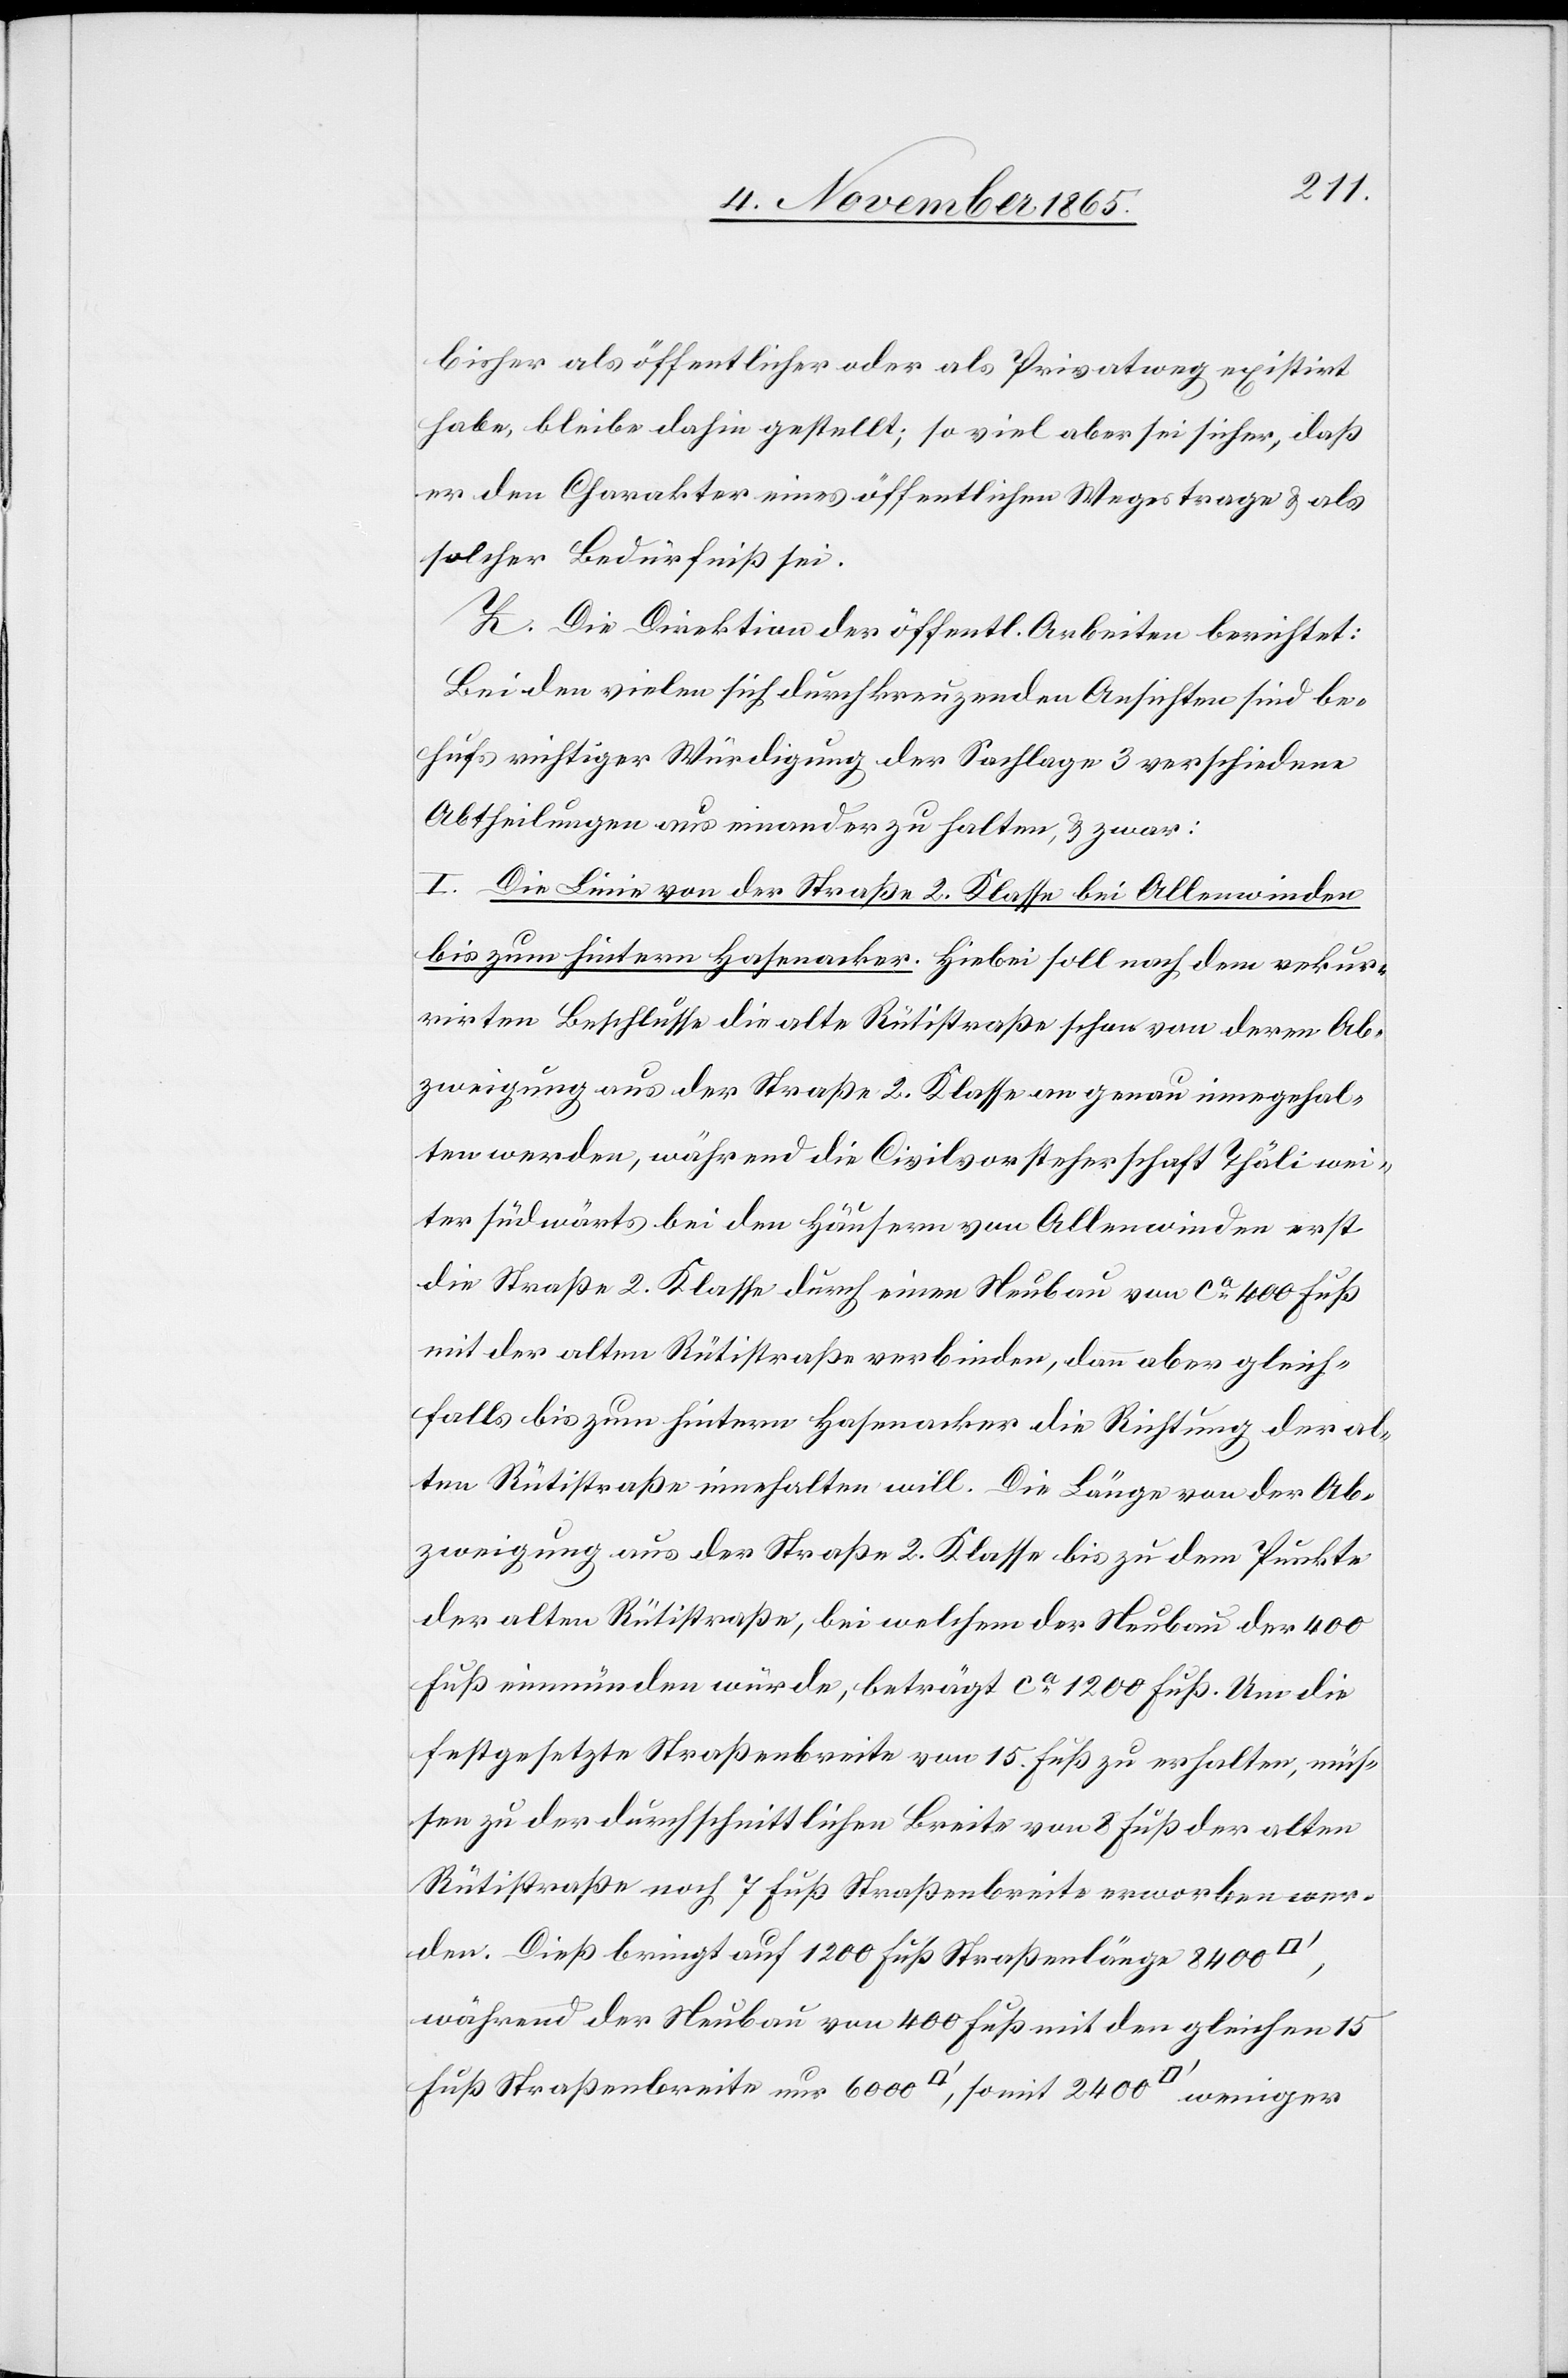
atfuss]
bisher als öffentlicher oder als Privatweg existirt
habe, bleibe dahin gestellt; so viel aber sei sicher, daß
er den Charakter eines öffentlichen Weges trage & als
solcher Bedürfniß sei.
Z. Die Direktion der öffentl. Arbeiten berichtet:
Bei den vielen sich durchkreuzenden Ansichten sind be¬
hufs richtiger Würdigung der Sachlage 3 verschiedene
Abtheilungen auseinander zu halten, & zwar:
I. Die Linie von der Straße 2. Klasse bei Allenwinden
bis zum hintern Hasenacker. Hiebei soll nach dem rekur¬
rirten Beschlusse die alte Rütistraße schon von deren Ab¬
zweigung aus der Straße 2. Klasse genau eingehal¬
ten werden, während die Civilvorsteherschaft Thäli wei¬
ter südwärts bei den Häusern von Allenwinden erst
die Straße 2. Klasse durch einen Neubau von ca 400 Fuß
mit der alten Rütistraße verbinden, dann aber gleich¬
falls bis zum hintern Hasenacker die Richtung der al¬
ten Rütistraße einhalten will. Die Länge von der Ab¬
zweigung aus der Straße 2. Klasse bis zu dem Punkte
der alten Rütistraße, bei welchem der Neubau der 400
Fuß einmünden würde, beträgt ca 1200 Fuß. Um die
festgesetzte Straßenbreite von 15. Fuß zu erhalten, müs¬
sen zu der durchschnittlichen Breite von 8 Fuß der alten
Rütistraße noch 7 Fuß Straßenbreite erworben wer¬
den. Dieß bringt auf 1200 Fuß Straßenlänge 8400
während der Neubau von 400 Fuß mit den gleichen 15
Fuß Straßenbreite nur 6000 [Quadratfuss], somit 2400 [Quadr¬